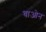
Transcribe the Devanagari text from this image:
बाओन